Eesti_Rahvusfond, lk 99
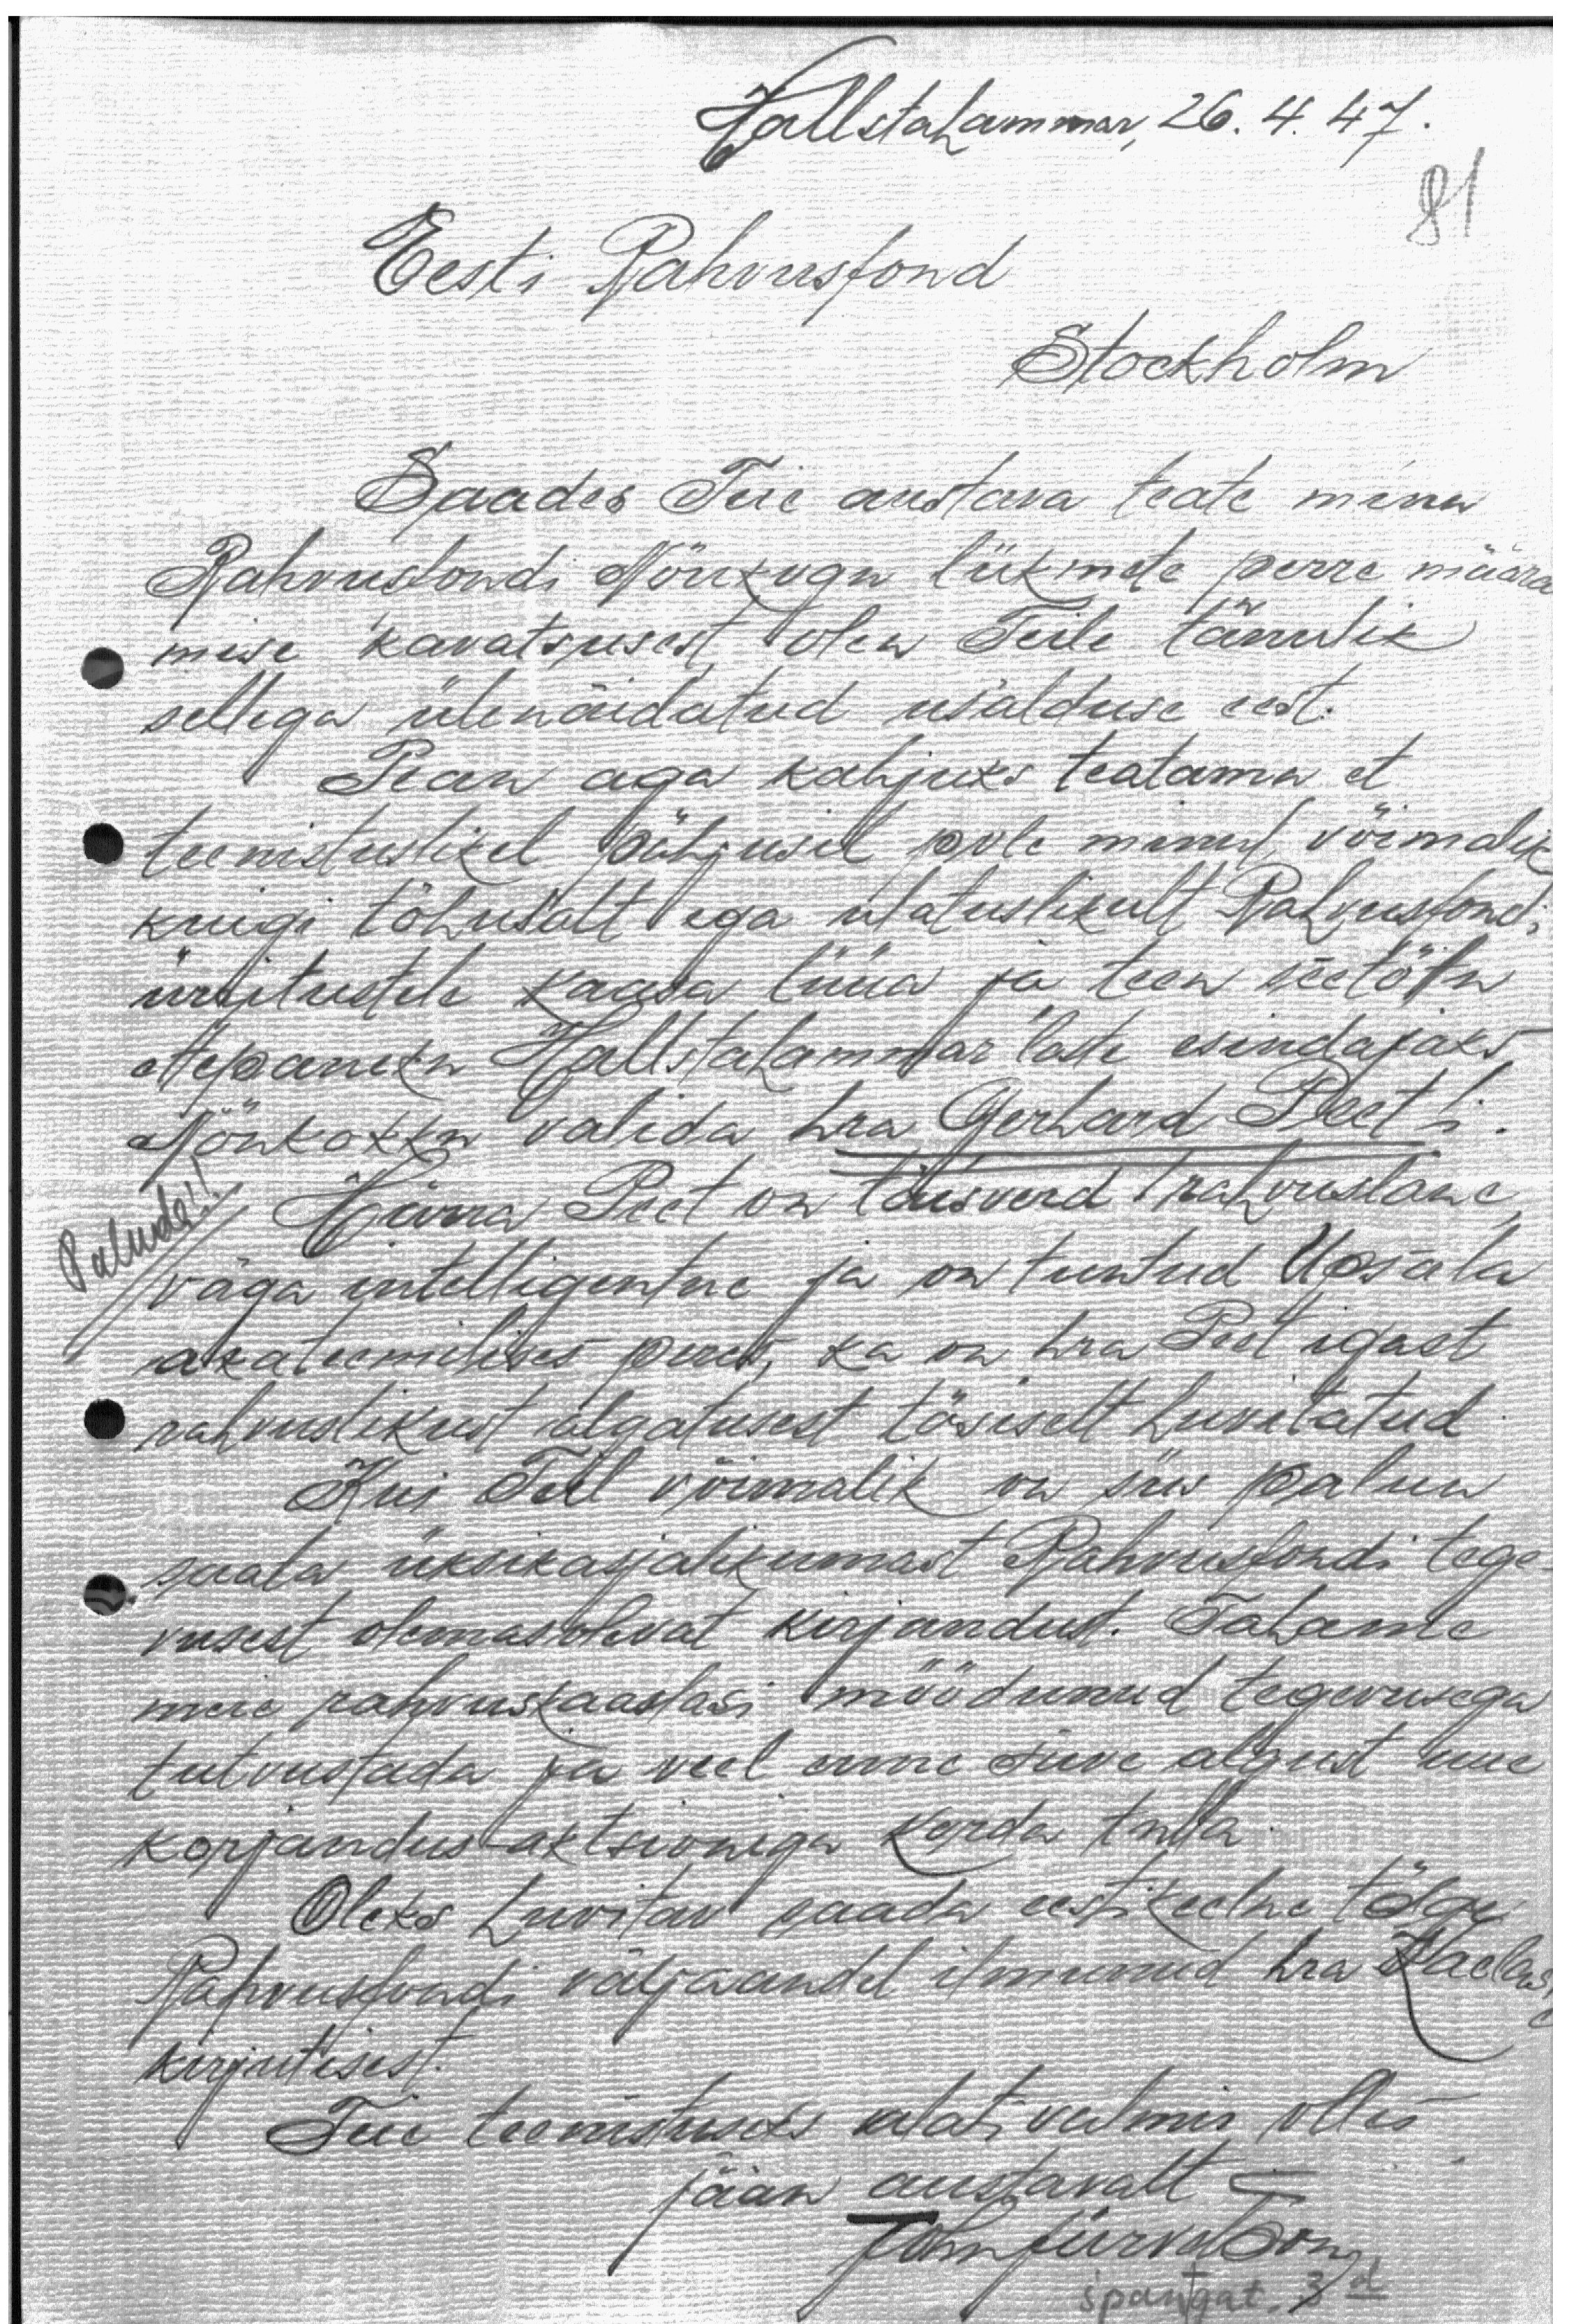
Hallstahammar, 26. 4. 47.
81
Eesti Rahvusfond

Stockholm

Saades Teie austava teate minu
Rahvusfondi Nõukogu liikmete perre määra
mise kavatsusest, olen Teile tänulik
sellega ülenäidatud usalduse eest.
Pean aga kahjuks teatama et
teenistuslikel põhjusil pole minul võimalik
kuigi tõhusalt ega ulatuslikult Rahvusfondi
üritustele kaasa lüüa ja teen seetõttu
ettepaneku Hallstahammar'laste esindajaks
Nõukokku valida hra Gerhard Peet'i
Paluda!
Härra Peet on täisverd rahvuslane,
väga intelligentne ja on tuntud Upsala
akateemilises peres, ka on hra Peet igast
rahvuslikust algatusest tõsiselt huvitatud
Kui Teil võimalik on siis palun
saata üksikasjalikumast Rahvusfondi tege-
vusest olemasolevat kirjandust. Tahame
meie rahvuskaaslasi möödunud tegevusega
tutvustada ja veel enne suve algust uue
korjandus-aktsioniga korda tulla.
Oleks huvitav saada eestikeelne tõlge
Rahvusfondi väljaandel ilmunud hra Kaelas'e
kirjutisest.
Teie teenistuseks alati valmis olles,
Jään austavalt
John Jürvetson
Spangat. 3d